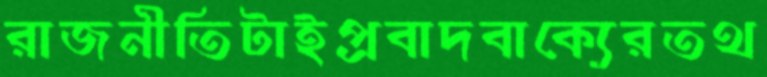
রাজনীতিটাইপ্রবাদবাক্যেরতথ